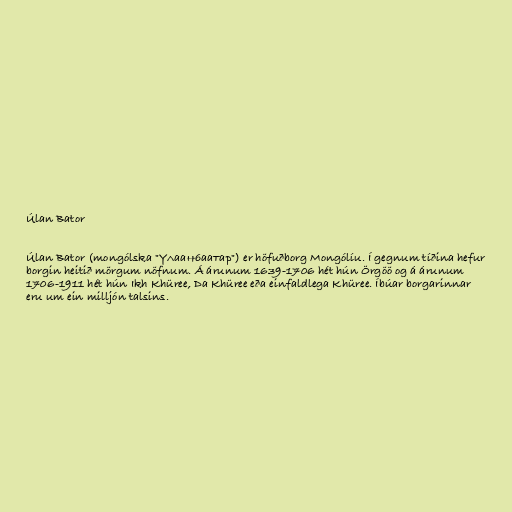
Úlan Bator

Úlan Bator (mongólska "Улаанбаатар") er höfuðborg Mongólíu. Í gegnum tíðina hefur
borgin heitið mörgum nöfnum. Á árunum 1639-1706 hét hún Örgöö og á árunum
1706-1911 hét hún Ikh Khüree, Da Khüree eða einfaldlega Khüree. Íbúar borgarinnar
eru um ein milljón talsins.